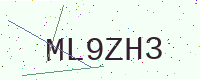
Text: ML9ZH3